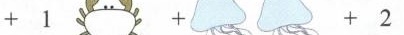
+1 +2